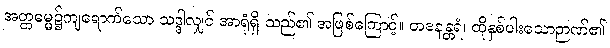
အတ္တဓမ္မ၌ကျရောက်သော သဒ္ဒါလျှင် အာရုံရှိ သည်၏ အဖြစ်ကြောင့်။ တဒနန္တရံ၊ ထိုနှစ်ပါးသောဉာဏ်၏